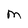
Character: M